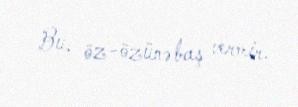
Bu, öz-özünə baş vermir.